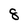
Character: 8